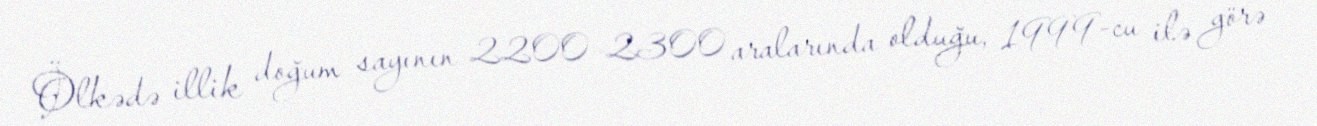
Ölkədə illik doğum sayının 2200–2300 aralarında olduğu, 1999-cu ilə görə